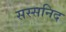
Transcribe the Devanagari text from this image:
सस्सनिद